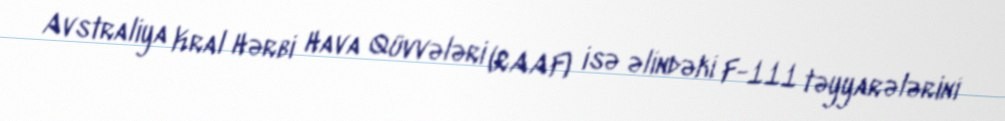
Avstraliya Kral Hərbi Hava Qüvvələri (RAAF) isə əlindəki F-111 təyyarələrini